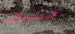
ستسعد